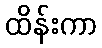
ထိန်းကာ